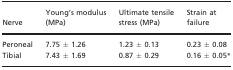
| Nerve | Young's modulus (MPa) | Ultimate tensile stress (MPa) | Strain at failure |
 | --- | --- | --- | --- |
 | Peroneal | 7.75 ± 1.26 | 1.23 ± 0.13 | 0.23 ± 0.08 |
 | Tibial | 7.43 ± 1.69 | 0.87 ± 0.29 | 0.16 ± 0.05 * |